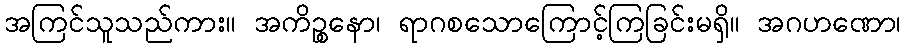
အကြင်သူသည်ကား။ အကိဉ္စနော၊ ရာဂစသောကြောင့်ကြခြင်းမရှိ။ အဂဟဏော၊